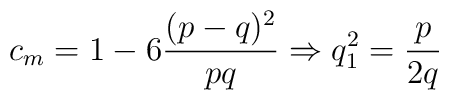
c_m=1-6\frac{(p-q)^2}{pq} \Rightarrow q_1^2 =\frac{p}{2q}